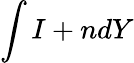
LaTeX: \int I+ndY